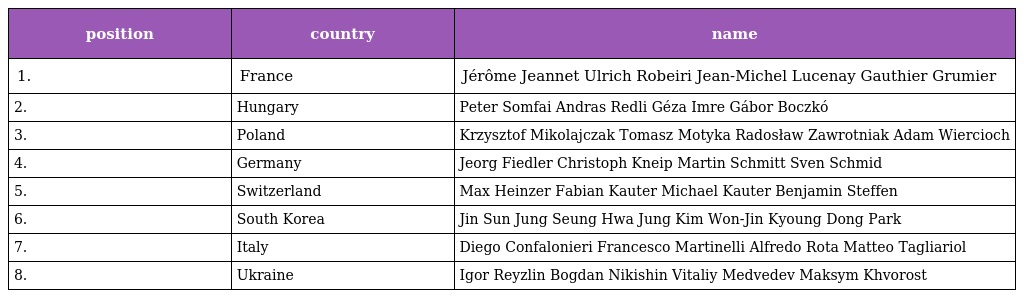
| position | country | name |
 | --- | --- | --- |
 | 1. | France | Jérôme Jeannet Ulrich Robeiri Jean-Michel Lucenay Gauthier Grumier |
 | 2. | Hungary | Peter Somfai Andras Redli Géza Imre Gábor Boczkó |
 | 3. | Poland | Krzysztof Mikolajczak Tomasz Motyka Radosław Zawrotniak Adam Wiercioch |
 | 4. | Germany | Jeorg Fiedler Christoph Kneip Martin Schmitt Sven Schmid |
 | 5. | Switzerland | Max Heinzer Fabian Kauter Michael Kauter Benjamin Steffen |
 | 6. | South Korea | Jin Sun Jung Seung Hwa Jung Kim Won-Jin Kyoung Dong Park |
 | 7. | Italy | Diego Confalonieri Francesco Martinelli Alfredo Rota Matteo Tagliariol |
 | 8. | Ukraine | Igor Reyzlin Bogdan Nikishin Vitaliy Medvedev Maksym Khvorost |